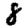
Digit: 8